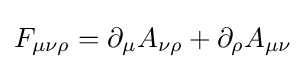
F_{\mu \nu \rho }=\partial _{\mu }A_{\nu \rho }+\partial _{\rho }A_{\mu \nu }